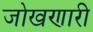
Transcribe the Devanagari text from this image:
जोखणारी